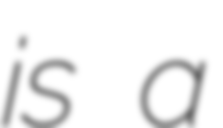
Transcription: is a